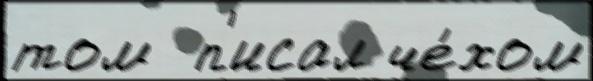
том  п'исал че́хом